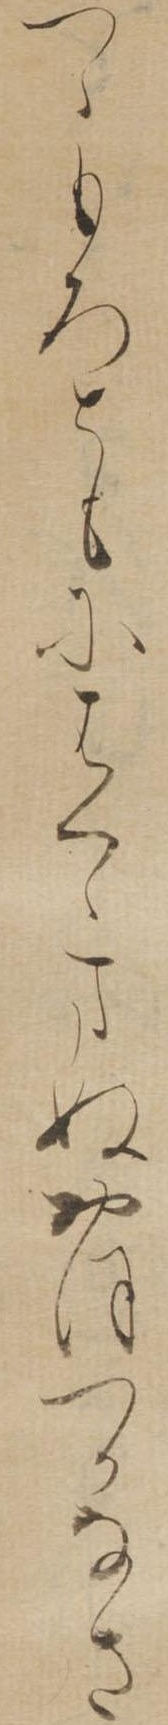
つゝもろともにはくゝまぬおほつかなさ